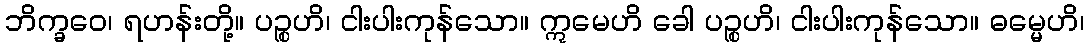
ဘိက္ခဝေ၊ ရဟန်းတို့။ ပဉ္စဟိ၊ ငါးပါးကုန်သော။ ဣမေဟိ ခေါ ပဉ္စဟိ၊ ငါးပါးကုန်သော။ ဓမ္မေဟိ၊